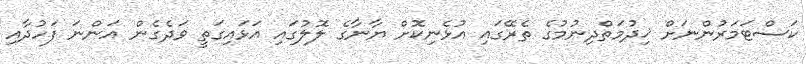
ކަސްޓަމަރުންނަށް ޚިދުމަތްދިނުމުގެ ތެރޭގައި އުޅެނިކޮށް ޔާނާގެ ލޮލުގައި އަޅައިގަތީ ވަދެގެން އަންނަ ފަހުދާއި